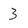
Character: 3